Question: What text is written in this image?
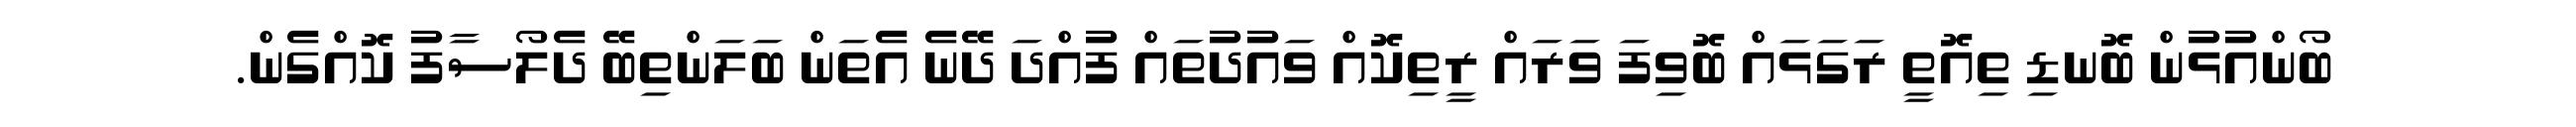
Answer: ބޯންއުޅުން ބޮނޑި ތިއޮތީ ރަގަޅައް ބޮވިފަ ވަރައް ރީތިކޮއް ވައުދުތައް ފުއްދަ ދޭނެ އެތަން ބަލަންތިބޭ ދެލޯސާފު ކޮއްގެން.